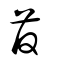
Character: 苢